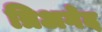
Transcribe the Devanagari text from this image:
त्रिअगेद